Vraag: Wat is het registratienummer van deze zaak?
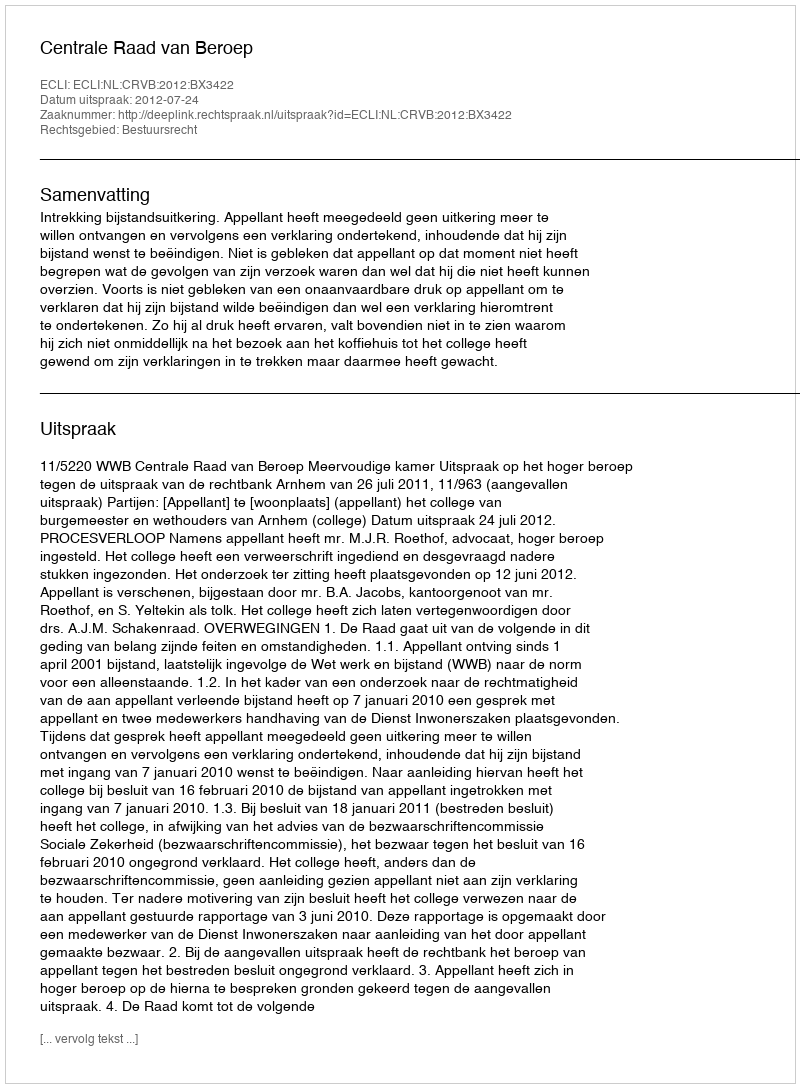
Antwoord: http://deeplink.rechtspraak.nl/uitspraak?id=ECLI:NL:CRVB:2012:BX3422